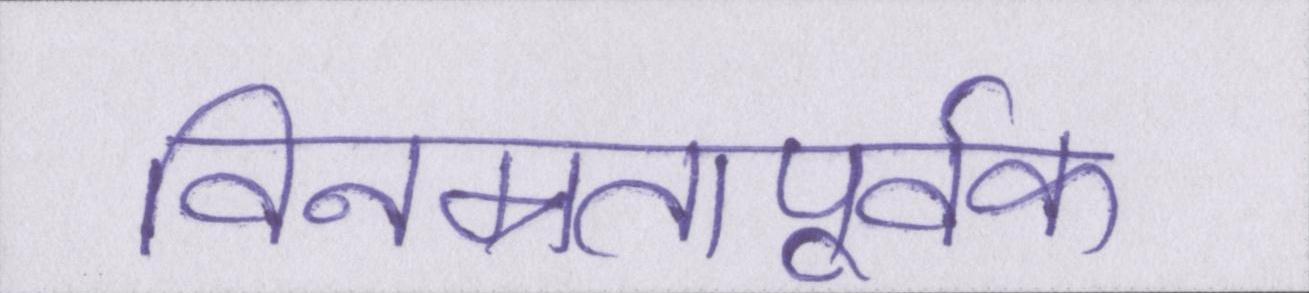
विनम्रतापूर्वक